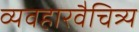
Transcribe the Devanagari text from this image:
व्यवहारवैचित्र्य